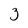
Character: 3